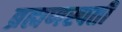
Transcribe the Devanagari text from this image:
ब्रह्मणस्पती